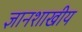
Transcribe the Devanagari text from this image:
ज्ञानशाखीय